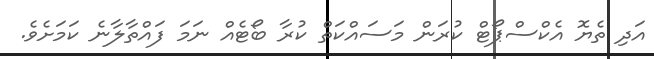
އަދި ތެޔޮ އެކްސްޕޯޓް ކުރަން މަސައްކަތް ކުރާ ބޯޓެއް ނަމަ ފައްތާލާނެ ކަމަށެވެ.